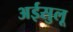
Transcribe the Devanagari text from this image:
अईसुलू